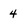
Character: 4